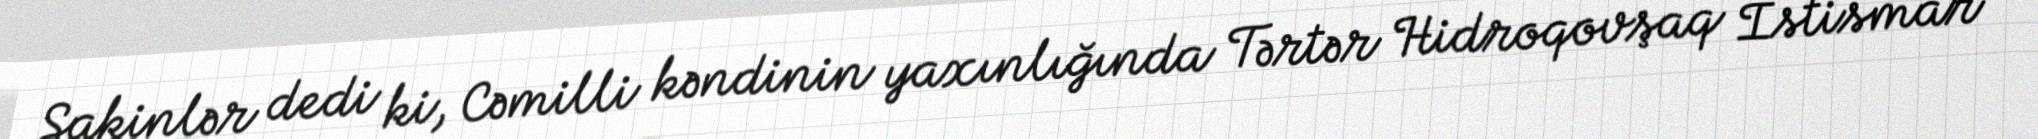
Sakinlər dedi ki, Cəmilli kəndinin yaxınlığında Tərtər Hidroqovşaq İstismar